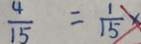
\frac { 4 } { 1 5 } = \frac { 1 } { 1 5 } \times